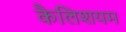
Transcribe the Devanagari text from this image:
कैलिशयम